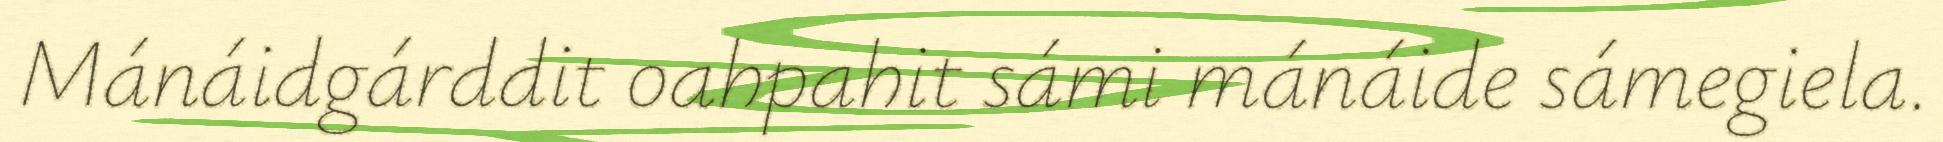
Mánáidgárddit oahpahit sámi mánáide sámegiela.